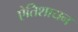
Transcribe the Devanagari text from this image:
ऐतिशायन